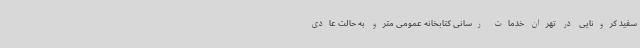
سفید کرونایی در تهران خدمات رسانی کتابخانه عمومی مترو به حالت عادی